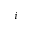
_ { i }